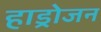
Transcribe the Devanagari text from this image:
हाड्रोजन